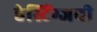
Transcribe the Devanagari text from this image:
हेस्टिंग्जची